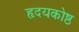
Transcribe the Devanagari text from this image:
हृदयकोष्ठ